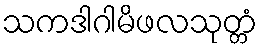
သကဒါဂါမိဖလသုတ္တံ